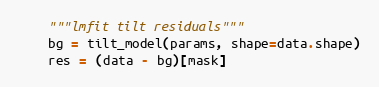
Language: Python
    """lmfit tilt residuals"""
    bg = tilt_model(params, shape=data.shape)
    res = (data - bg)[mask]